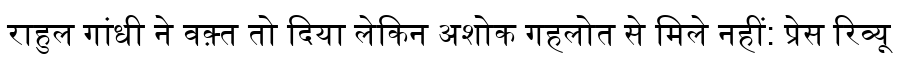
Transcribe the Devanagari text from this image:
राहुल गांधी ने वक़्त तो दिया लेकिन अशोक गहलोत से मिले नहीं: प्रेस रिव्यू